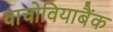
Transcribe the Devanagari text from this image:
वाचोवियाबैंक